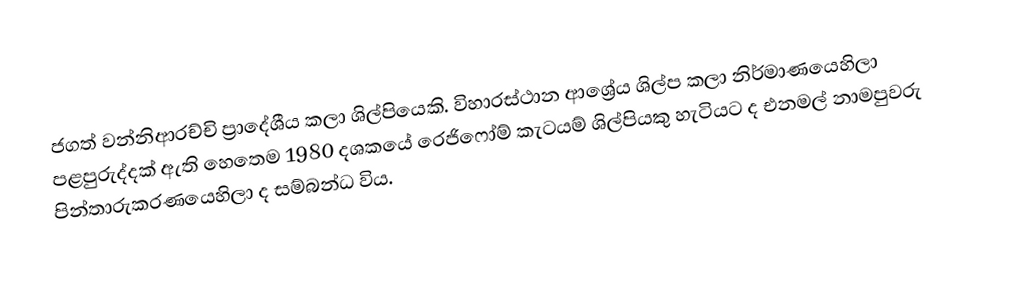
ජගත් වන්නිආරච්චි ප්‍රාදේශීය කලා ශිල්පියෙකි. විහාරස්ථාන ආශ්‍රේය  ශිල්ප කලා නිර්මාණයෙහිලා පළපුරුද්දක් ඇති හෙතෙම 1980 දශකයේ රෙජිෆෝම් කැටයම් ශිල්පියකු හැටියට ද එනමල් නාමපුවරු පින්තාරුකරණයෙහිලා ද සම්බන්ධ විය.